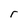
Character: r